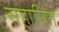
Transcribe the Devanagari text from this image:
सहापित